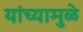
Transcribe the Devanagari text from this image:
यांच्‍यामुळे